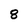
Character: 8